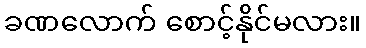
ခဏလောက် စောင့်နိုင်မလား။